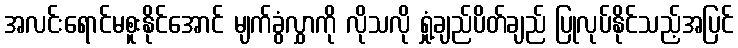
အလင်းရောင်မစူးနိုင်အောင် မျက်ခွံလွှာကို လိုသလို ရှုံ့ချည်ပိတ်ချည် ပြုလုပ်နိုင်သည့်အပြင်